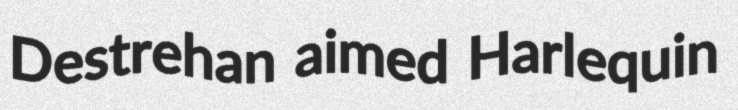
Destrehan aimed Harlequin